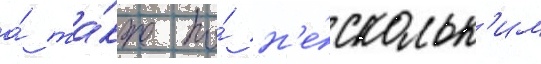
а́ та́кже по́ н'е́скольк'им